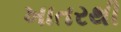
ખાતરથી